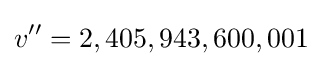
v''=2,405,943,600,001